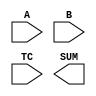
////////////////////////////////////////////////////////////////////////////////
//
//       This confidential and proprietary software may be used only
//     as authorized by a licensing agreement from Synopsys Inc.
//     In the event of publication, the following notice is applicable:
//
//                    (C) COPYRIGHT 1994 - 2018 SYNOPSYS INC.
//                           ALL RIGHTS RESERVED
//
//       The entire notice above must be reproduced on all authorized
//     copies.
//
//
// VERSION:   Simulation Architecture
//
// DesignWare_version: 173a360c
// DesignWare_release: O-2018.06-DWBB_201806.3
//
////////////////////////////////////////////////////////////////////////////////
//-----------------------------------------------------------------------------------
//
// ABSTRACT:  Generalized Sum of Products
//           signed or unsigned operands       
//           ie. TC = '1' => signed 
//               TC = '0' => unsigned 
//
// MODIFIED:
//      Bob Tong: 12/07/98 
//                STAR 59142
//
//  RPH 07/17/2002 
//      Rewrote to comply with the new guidelines
//-------------------------------------------------------------------------

module DW02_prod_sum (A,B,TC,SUM);

  parameter integer A_width = 4;
  parameter integer B_width = 5;
  parameter integer num_inputs = 4;
  parameter integer SUM_width = 12;

  input [num_inputs * A_width-1:0] A;
  input [num_inputs * B_width-1:0] B;
  input TC;
  output [SUM_width-1:0] SUM;
   
   // synopsys translate_off 
  wire [SUM_width-1:0] SUM;

  integer i, j, k;
  reg [SUM_width-1 : 0] SUM_int;
  reg [SUM_width-1 : 0] PROD[num_inputs-1 :0];
  reg [A_width-1:0] A_int;
  reg [B_width-1:0] B_int;
  reg a_sign, b_sign;
  //---------------------------------------------------------------------------
  // Parameter legality check
  //---------------------------------------------------------------------------

  
 
  initial begin : parameter_check
    integer param_err_flg;

    param_err_flg = 0;
    
      
    if (A_width < 1) begin
      param_err_flg = 1;
      $display(
	"ERROR: %m :\n  Invalid value (%d) for parameter A_width (lower bound: 1)",
	A_width );
    end
      
    if (B_width < 1) begin
      param_err_flg = 1;
      $display(
	"ERROR: %m :\n  Invalid value (%d) for parameter B_width (lower bound: 1)",
	B_width );
    end
      
    if (num_inputs < 1) begin
      param_err_flg = 1;
      $display(
	"ERROR: %m :\n  Invalid value (%d) for parameter num_inputs (lower bound: 1)",
	num_inputs );
    end
      
    if (SUM_width < 1) begin
      param_err_flg = 1;
      $display(
	"ERROR: %m :\n  Invalid value (%d) for parameter SUM_width (lower bound: 1)",
	SUM_width );
    end
  
    if ( param_err_flg == 1) begin
      $display(
        "%m :\n  Simulation aborted due to invalid parameter value(s)");
      $finish;
    end

  end // parameter_check 
  
  

  always @(A or B or TC) 
   begin
     if ((^(A ^ A) !== 1'b0) || (^(B ^ B) !== 1'b0) || (^(TC ^ TC) !== 1'b0) ) 
      begin
        SUM_int = {SUM_width {1'bX}};
      end
     else 
      begin 
        for(i=0; i <= num_inputs-1; i=i+1) 
         begin 
           a_sign = A[(i+1)*A_width-1];
           b_sign = B[(i+1)*B_width-1];
           for(j=i*A_width;j <= (i+1) * A_width-1;j=j+1) 
             A_int[j -i*A_width] = A[j]; 
           for(k=i*B_width;k <= (i+1) * B_width-1;k=k+1) 
             B_int[k -i*B_width] = B[k];
	    
           if (a_sign && TC) 
	      A_int = ~A_int + 1'b1;
           if (b_sign && TC) 
	      B_int = ~B_int + 1'b1;
	    
           PROD[i] = A_int * B_int;
           if ( (a_sign ^ b_sign) && TC) 
             PROD[i] = ~(PROD[i] -1'b1);
         end
        SUM_int = {SUM_width{1'b0}};
        for(i=0; i <= num_inputs-1; i=i+1) 
         begin 
           SUM_int = SUM_int + PROD[i];
         end
     end
   end
  assign SUM = SUM_int;
  // synopsys translate_on

endmodule